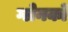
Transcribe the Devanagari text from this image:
ग्लेनको